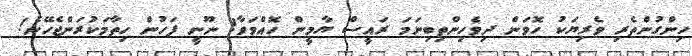
ހިންގުންތެރި ވެރިޔަކު ހޮވަން ދިވެހިންތިބިނަމަ ރައީސް ޔާމީން ހޮއްވަވާ! ނޫނީ ފަހުން ހިތާމަކުރަންޖެހޭނެ!